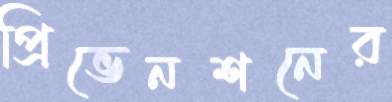
প্রিভেনশনের